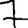
Digit: 7